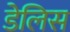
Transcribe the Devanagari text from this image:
डेलिस